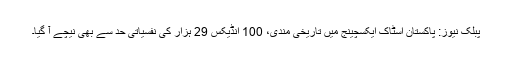
پبلک نیوز: پاکستان اسٹاک ایکسچینج میں تاریخی مندی، 100 انڈیکس 29 ہزار کی نفسیاتی حد سے بھی نیچے آ گیا۔